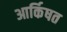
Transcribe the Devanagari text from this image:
आर्किषत